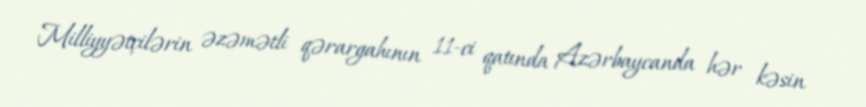
Milliyyətçilərin əzəmətli qərargahının 11-ci qatında Azərbaycanda hər kəsin